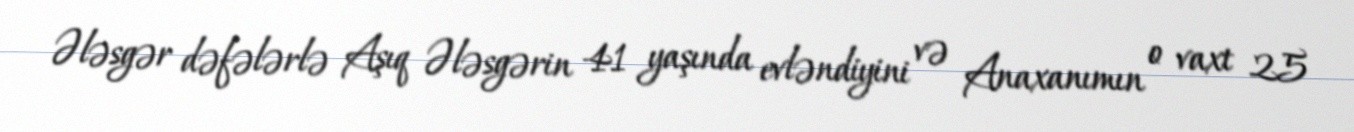
Ələsgər dəfələrlə Aşıq Ələsgərin 41 yaşında evləndiyini və Anaxanımın o vaxt 25